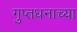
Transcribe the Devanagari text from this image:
गुप्तधनाच्या